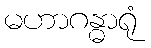
မဟာဂန္ဓာရုံ